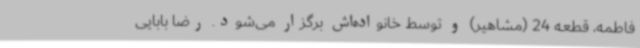
فاطمه، قطعه 24 (مشاهیر) و توسط خانواده‌اش برگزار می‌شود. رضا بابایی